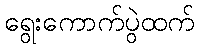
ရွေးကောက်ပွဲထက်